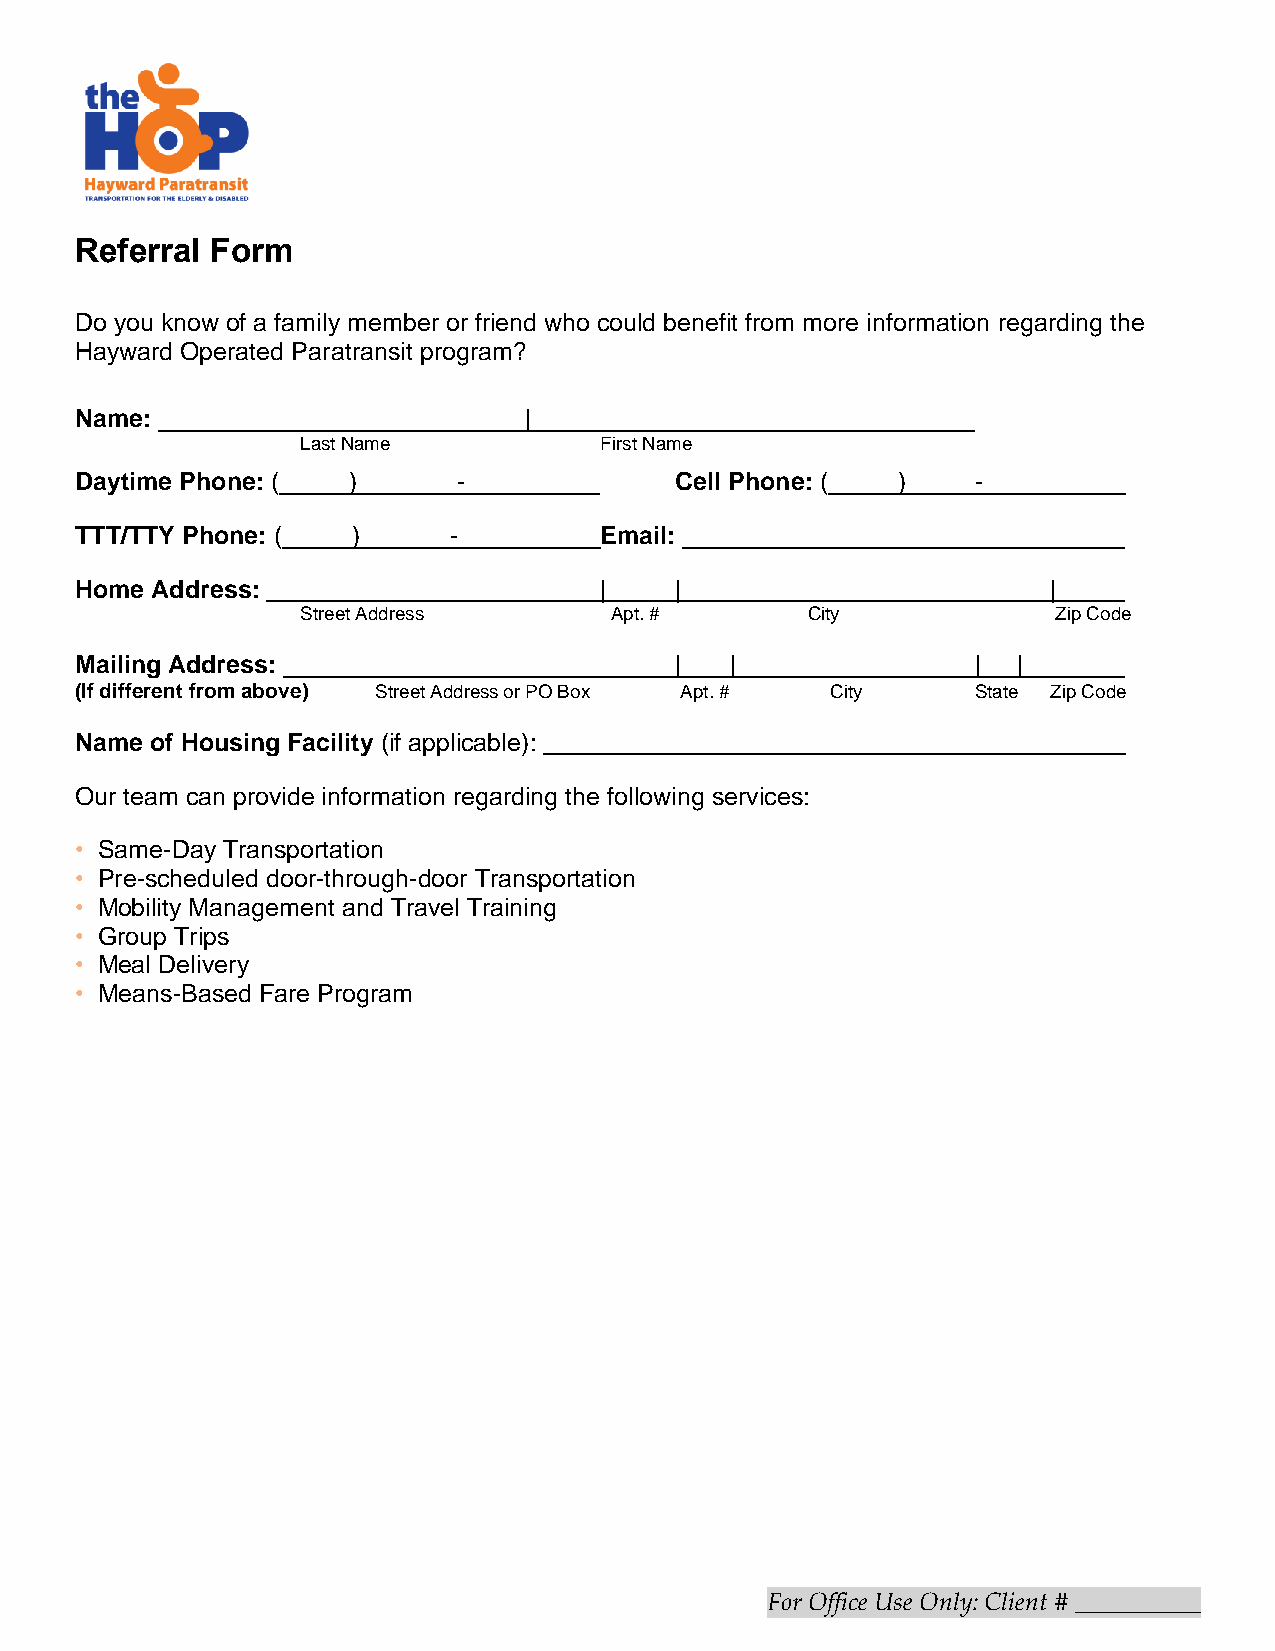
Referral Form
 Do you know of a family member or friend who could benefit from more information regarding the
 Hayward Operated Paratransit program?
 Name:                         |
 Last Name           First Name
 Daytime Phone: (  )      -              Cell Phone: ( )     -
 TTT/TTY Phone: (  )      -         Email:
 Home Address:                      |    |                        |
 Street Address      Apt. #       City             Zip Code
 Mailing Address:                        |  |                | |
 (If different from above) Street Address or PO Box Apt. # City State Zip Code
 Name of Housing Facility (if applicable):
 Our team can provide information regarding the following services:
 • Same-Day Transportation
 • Pre-scheduled door-through-door Transportation
 • Mobility Management and Travel Training
 • Group Trips
 • Meal Delivery
 • Means-Based Fare Program
 For Office Use Only: Client # __________